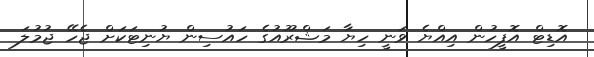
އޮޑިޓް އޮފީހުން އިއްޔެ ވަނީ ހިޔާ މަޝްރޫއުގެ ހައުސިން ޔުނިޓަކަށް ޖެހޭ ޖުމުލަ